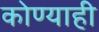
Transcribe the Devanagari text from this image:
कोण्याही